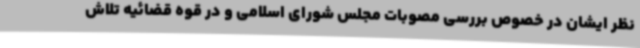
نظر ایشان در خصوص بررسی مصوبات مجلس شورای اسلامی و در قوه قضائیه تلاش